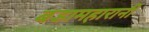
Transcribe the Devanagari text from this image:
बडामहारानी